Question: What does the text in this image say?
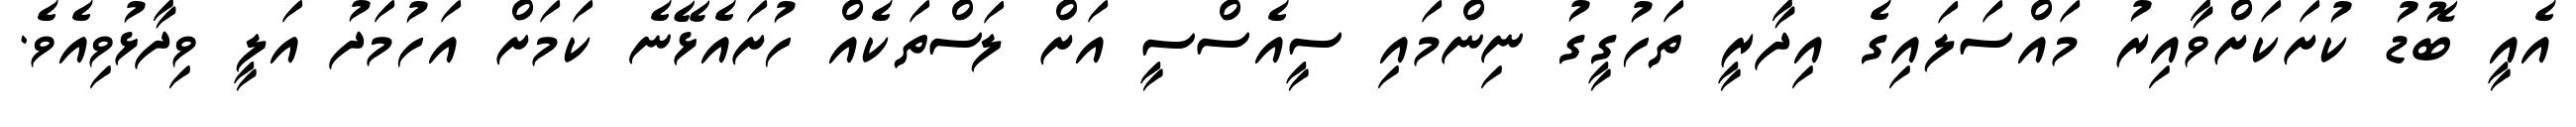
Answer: އެއީ ބޮޑު ކުށަކަށްވާއިރު މައްސަލައިގެ އިދާރީ ތަހުގީގު ނިންމައި ސީއެސްސީ އަށް ލަސްތަކެއް ހުށައެޅޭނެ ކަމަށް އަހުމަދު އަލީ ވިދާޅުވިއެވެ.